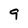
Character: 9